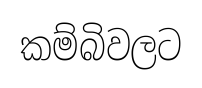
කම්බිවලට